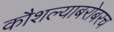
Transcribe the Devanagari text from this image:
कौशल्याबरोबरच